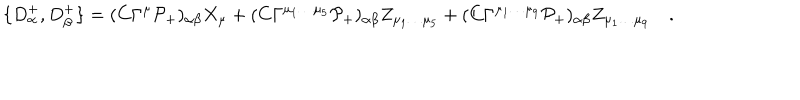
LaTeX: \{ D _ { \alpha } ^ { + } , D _ { \beta } ^ { + } \} = ( C \Gamma ^ { \mu } \mathcal { P } _ { + } ) _ { \alpha \beta } X _ { \mu } + ( C \Gamma ^ { \mu _ { 1 } \dots \mu _ { 5 } } \mathcal { P } _ { + } ) _ { \alpha \beta } Z _ { \mu _ { 1 } \dots \mu _ { 5 } } + ( C \Gamma ^ { \mu _ { 1 } \dots \mu _ { 9 } } \mathcal { P } _ { + } ) _ { \alpha \beta } Z _ { \mu _ { 1 } \dots \mu _ { 9 } } \quad .